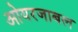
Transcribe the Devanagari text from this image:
ओयरजाबल